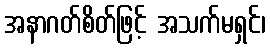
အနာဂတ်စိတ်ဖြင့် အသက်မရှင်၊